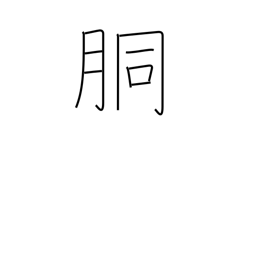
Meaning: trunk